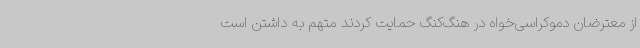
از معترضان دموکراسی‌خواه در هنگ‌کنگ حمایت کردند متهم به داشتن است